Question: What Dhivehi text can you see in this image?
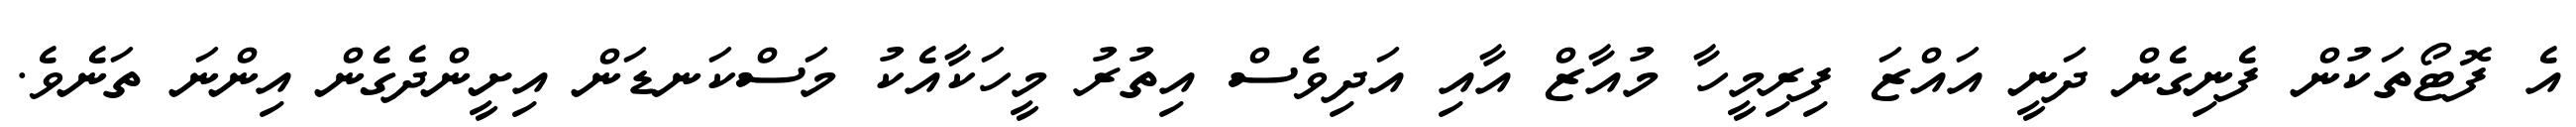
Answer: އެ ފޮޓޯތަކުން ފެނިގެން ދަނީ އައްޒަ ފިރިމީހާ މުއާޒް އާއި އަދިވެސް އިތުރު މީހަކާއެކު މަސްކަނޑަން އިށީންދެގެން އިންނަ ތަނެވެ.